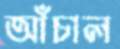
আঁচাল